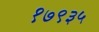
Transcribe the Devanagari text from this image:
१७९३५